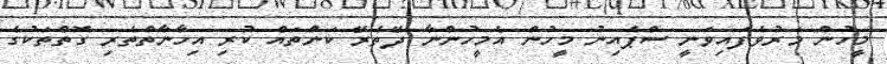
މީހުން މަރުވެފައިވަނީ ސްޕެއިނު މީހުން އެމީހުންނާ ދޭތެރޭ ކަންތައް ކުރި އިހާނާތްތެރި ގޮތްތަކުގެ